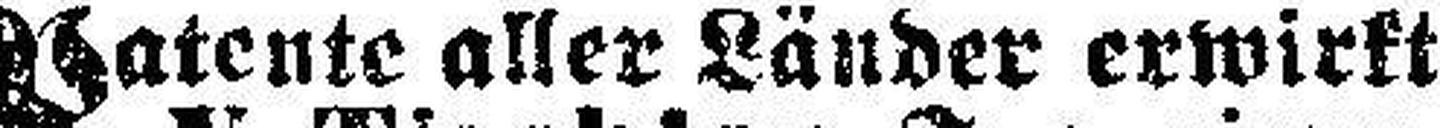
Patente aller Länder erwirkt